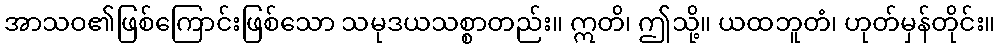
အာသဝ၏ဖြစ်ကြောင်းဖြစ်သော သမုဒယသစ္စာတည်း။ ဣတိ၊ ဤသို့။ ယထဘူတံ၊ ဟုတ်မှန်တိုင်း။